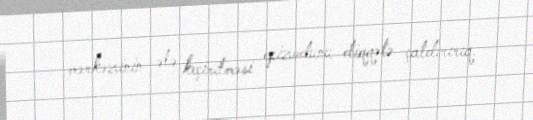
mərkəzinin ələ keçirilməsi epizodunu diqqətə çatdırırıq.